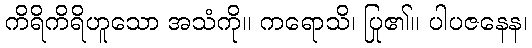
ကိရိကိရိဟူသော အသံကို။ ကရောသိ၊ ပြု၏။ ပါပဇနေန၊